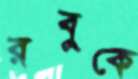
রবুকে